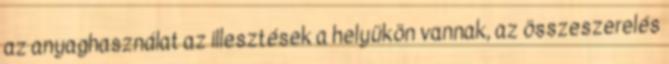
az anyaghasználat az illesztések a helyükön vannak, az összeszerelés